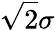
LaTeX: \sqrt{2}\sigma